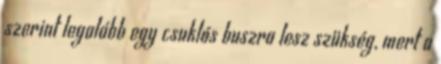
szerint legalább egy csuklós buszra lesz szükség, mert a